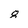
Character: 8